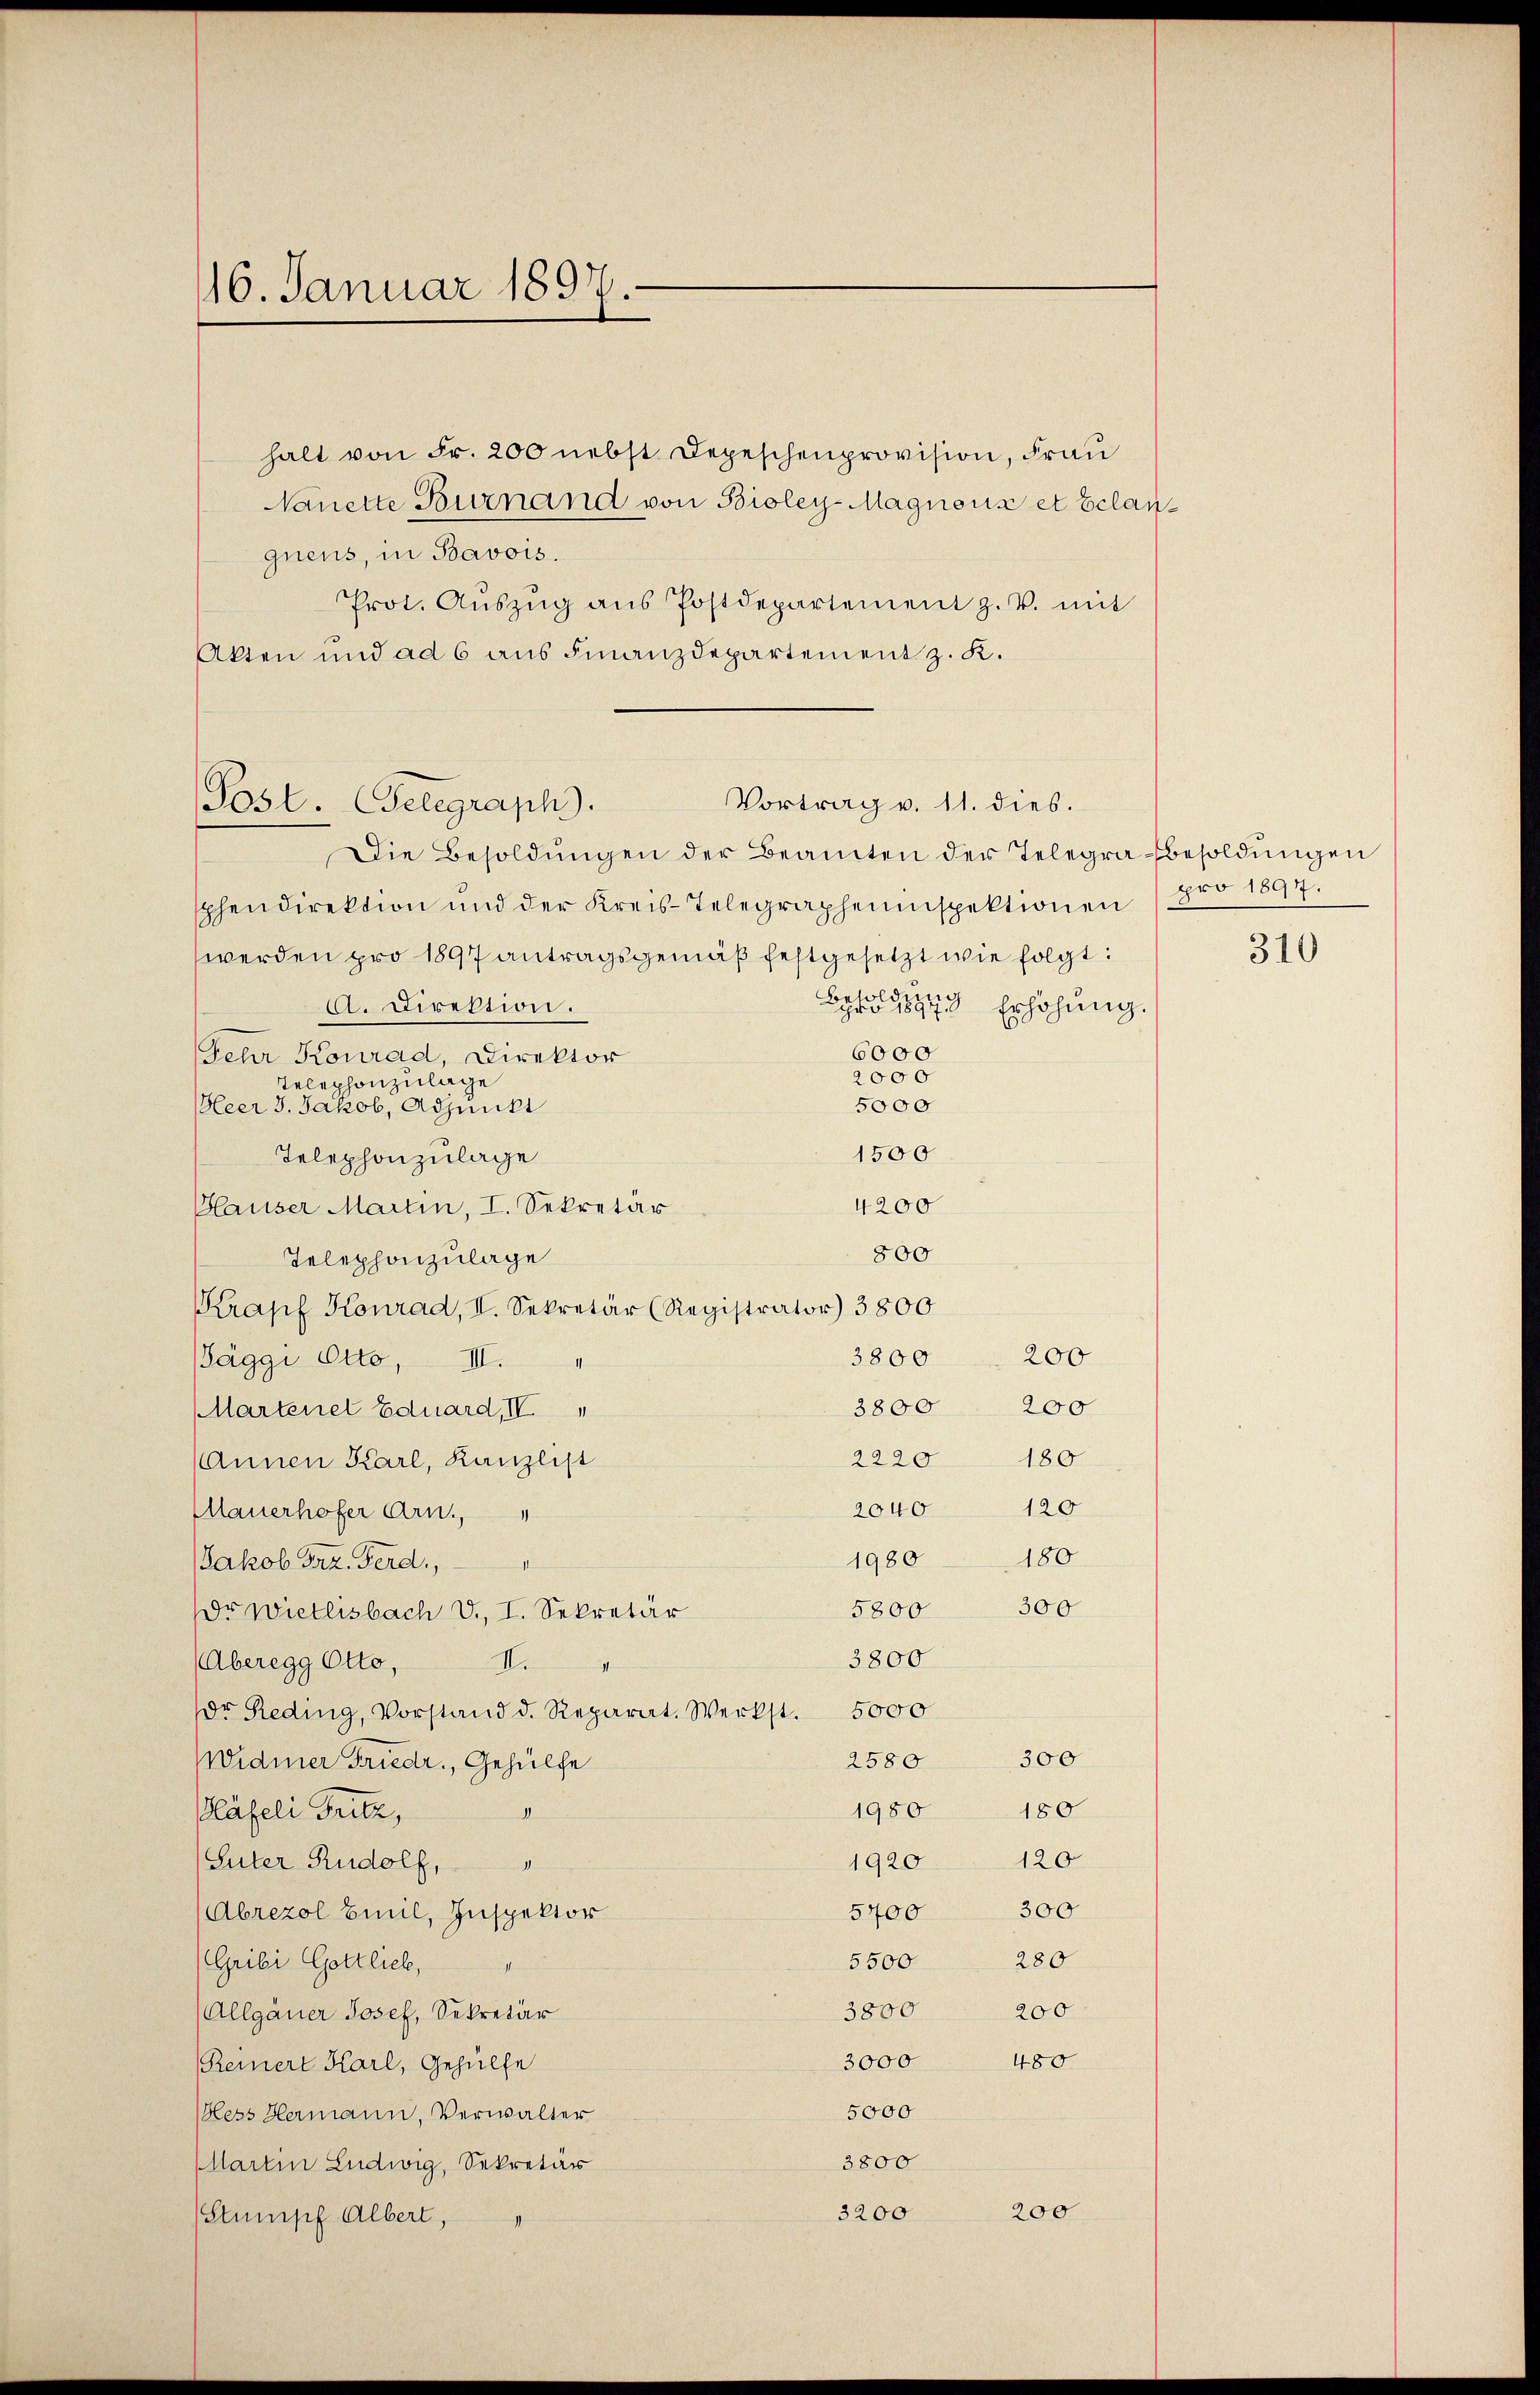
116. Januar 1897.

halt von Fr. 200 nebst Depeschenprovision, Frau
Nanette Burnand von Bioley-Magnons et belanquens, in Bavois.
Prot. Aŭszŭg ans Postdepartement z. v. mit
Akten und ad 6 aus Finanzdepartement z. K.
Die Besoldŭngen der Beamten der Telegra Besoldungen
sphendirektion und der Kreis-Telegrapheninspektionen pro 1894.
werden pro 1897 antragsgemäß festgesetzt wie folgt:
Bahlig Erhöhung.
A. Direktion.
6000
Sehr Konrad, Direktor
2000
Telephonzulage
5000
Heer 3. Jakob, Adjunkt
1500
Telephonzulage
4200
Hauser Martin, I. Sekretär
800
Telephonzulage
Krapf Konrad, II. Sekretär (Registrator) 3800
3800
200
äggi Otto, II.
3800
200
Martenet Eduard, IV
2220 180
Annen Karl, Kanzlist
120
2040
Mauerhofer Arn.,
180
1980
Jakob Frz. Ferd.,
300
5800
r Wietlisbach V., I. Sekretär
3800
(Aberegg Otto,
II.
sor Reding, Vorstand d. Reparat. Werkst. 5000
2580 300
Widmer Friedr., Gehülfe
1980
180
Kläfeli Fritz,
I
1920 120
(Suter Rudolf,
5400 300
(Abrezol Emil, Inspektor
5500 280
(Gribi Gottlieb,
3800
200
(Allgäuer Josef, Sekretär
480
3000
Reinert Karl, Gehülfe
5000
less Hermann, Verwalter
3800
MMartin Ludwig, Sekretär
200
3200
Stumpf Albert,

Post. Gelegraph.

Vortrag v. 11. dies.

310